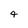
Character: 4